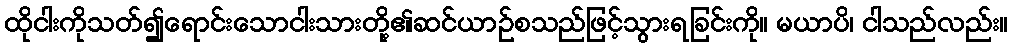
ထိုငါးကိုသတ်၍ရောင်းသောငါးသားတို့၏ဆင်ယာဉ်စသည်ဖြင့်သွားရခြင်းကို။ မယာပိ၊ ငါသည်လည်း။